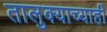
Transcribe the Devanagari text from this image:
तालुक्याच्याही